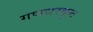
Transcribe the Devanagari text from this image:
गणधरकृत